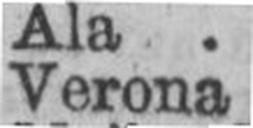
Verona